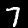
Label: 7